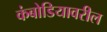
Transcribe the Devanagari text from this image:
कंबोडियावरील